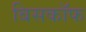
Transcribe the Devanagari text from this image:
बिसकॉफ